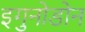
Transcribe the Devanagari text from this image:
इगुनोडोन